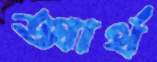
আর্থ